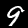
Label: 9